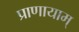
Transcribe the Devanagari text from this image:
प्राणायाम्